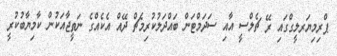
ޕްރިމިޔަރލީގްގައި ރޭ ޗެލްސީ އާއި ސަދަމްޓަން ބައްދަލުކުރިމެޗް ދޭއް އެކެއްގެ ނަތީޖާއަކުން ކާމިޔާބުކުރީ